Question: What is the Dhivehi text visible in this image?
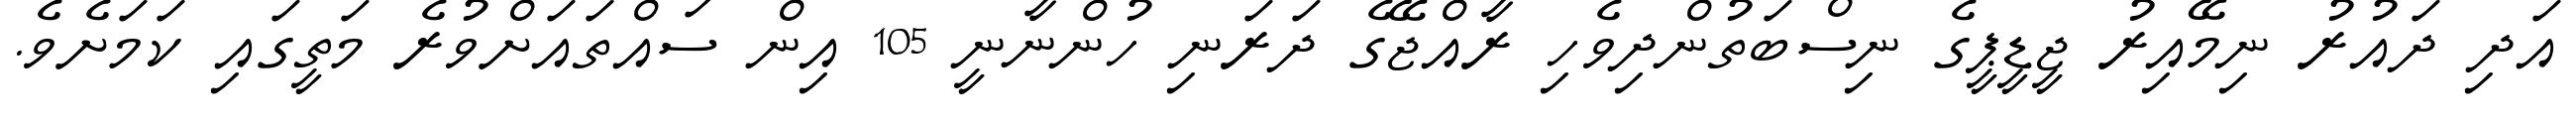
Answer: އަދި ދައުރު ނިމޭއިރު ޖީޑީޕީގެ ނިސްބަތުންދިވެހި ރާއްޖޭގެ ދަރަނި ހުންނާނީ 105 އިން ސައްތައަށްވުރެ މަތީގައި ކަމަށެވެ.